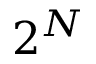
2 ^ { N }